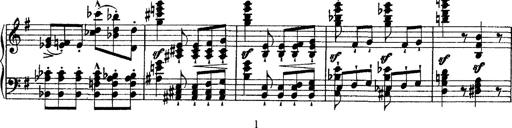
Title: Morceau de Salon
Composer: Josef Adalbert Pacher
Key: D-flat major